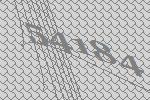
54184